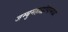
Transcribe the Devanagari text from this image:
जम्बुमहाद्वीपामध्ये